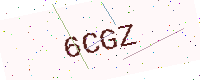
Text: 6CGZ